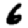
Digit: 6